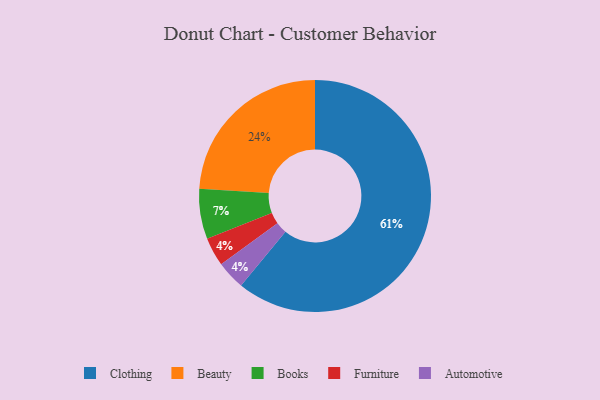
{"axis": {"x": "Category", "y": "Percentage"}, "legend": ["Automotive", "Beauty", "Books", "Clothing", "Furniture"], "data": [{"x": "Furniture", "y": 4, "type": "Furniture"}, {"x": "Books", "y": 7, "type": "Books"}, {"x": "Automotive", "y": 4, "type": "Automotive"}, {"x": "Beauty", "y": 24, "type": "Beauty"}, {"x": "Clothing", "y": 61, "type": "Clothing"}]}